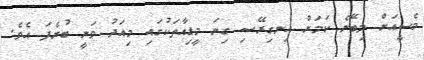
މެސީއަށް ލިބޭނެ ކަމަށް އިނގިރޭސި ގިނަ މީޑިއާތަކުގައި މިއަދު ވަނީ ބުނެފަ އެވެ.